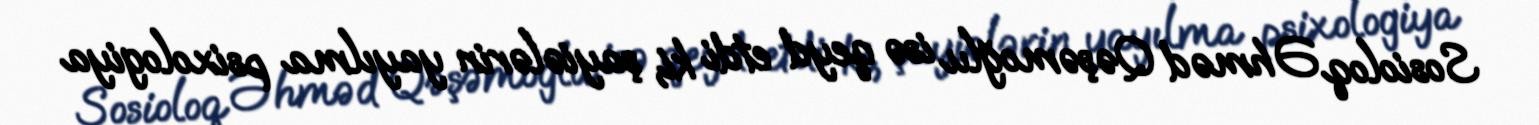
Sosioloq Əhməd Qəşəmoğlu isə qeyd etdi ki, şayiələrin yayılma psixologiya